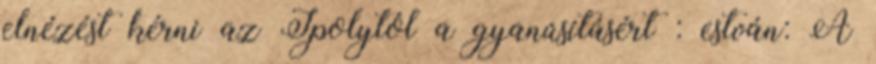
elnézést kérni az Ipolytól a gyanúsításért : estván: A